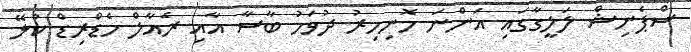
ސްޕެނިޝް ލަލީގާގައި އަންނަ ހޮނިހިރު ދުވަހު ބާސާ އާއި ރެއާލް މެޑްރިޑް ކުޅޭ